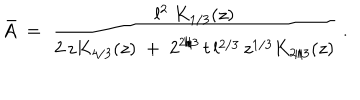
\bar { A } \; = \; \frac { l ^ { 2 } \; K _ { 1 / 3 } ( z ) } { 2 \, z K _ { 4 / 3 } ( z ) \; + \; 2 ^ { 2 / 3 } \, t \, l ^ { 2 / 3 } \, z ^ { 1 / 3 } K _ { 2 / 3 } ( z ) } \; .